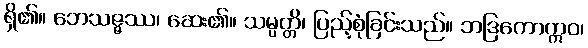
ရှိ၏။ ဘေသဇ္ဇဿ၊ ဆေး၏။ သမ္ပတ္တိ၊ ပြည့်စုံခြင်းသည်။ ဘဒြကောဣဝ၊